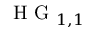
\mathrm { ~ H ~ G ~ } _ { 1 , 1 }